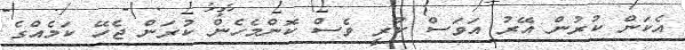
އެކަން ކުރުން އޭރު އަވަސް ކުރީ ވެސް ކޮންމެހެން ކުރަން ޖެހޭ ކަމެއްގެ